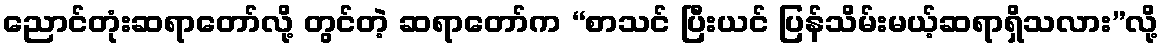
ညောင်တုံးဆရာတော်လို့ တွင်တဲ့ ဆရာတော်က “စာသင် ပြီးယင် ပြန်သိမ်းမယ့်ဆရာရှိသလား”လို့